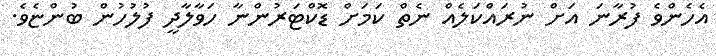
އެހެންވެ ފުރާނަ އަށް ނުރައްކަލެއް ނެތް ކަމަށް ޑޮކްޓަރުންނާ ހަވާލާދީ ފުލުހުން ބުންޏެވެ.